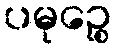
ပမုဉ္စေ